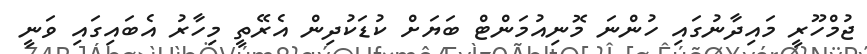
ޖުމްހޫރީ މައިދާނުގައި ހުންނަ މޮނިއުމަންޓް ބަޔަށް ކުޑަކުދިން އެރޭތީ މިހާރު އެބައިގައި ވަނީ